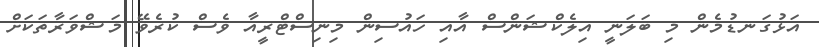
އަޅުގަނޑުމެން މި ބަލަނީ އިލެކްޝަންސް އާއި ހައުސިން މިނިސްޓްރީއާ ވެސް ކުރެވޭ މަޝްވަރާތަކަށް